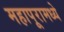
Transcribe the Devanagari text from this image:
महापूरामध्ये